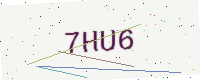
Text: 7HU6